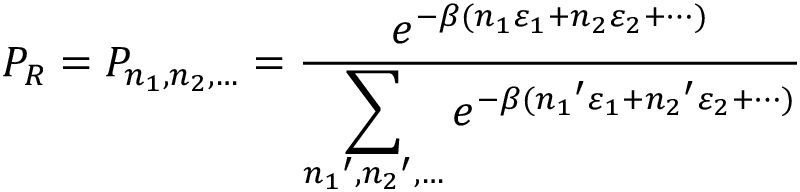
P _ { R } = P _ { n _ { 1 } , n _ { 2 } , \ldots } = { \frac { e ^ { - \beta ( n _ { 1 } \varepsilon _ { 1 } + n _ { 2 } \varepsilon _ { 2 } + \cdots ) } } { \displaystyle \sum _ { { n _ { 1 } } ^ { \prime } , { n _ { 2 } } ^ { \prime } , \ldots } e ^ { - \beta ( { n _ { 1 } } ^ { \prime } \varepsilon _ { 1 } + { n _ { 2 } } ^ { \prime } \varepsilon _ { 2 } + \cdots ) } } }